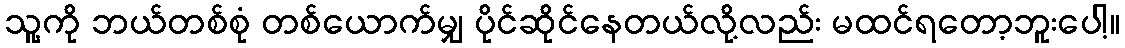
သူ့ကို ဘယ်တစ်စုံ တစ်ယောက်မျှ ပိုင်ဆိုင်နေတယ်လို့လည်း မထင်ရတော့ဘူးပေါ့။